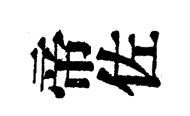
帝佐